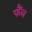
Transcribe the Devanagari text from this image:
फैंच